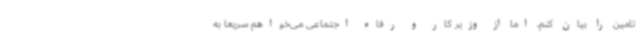
تامین را بیان کنم، اما از وزیر کار و رفاه اجتماعی می‌خواهم سریعا به